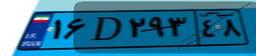
۶۴D۳۴۹۸۱